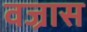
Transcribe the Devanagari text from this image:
वज्रास